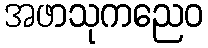
အဖာသုကညေဝ